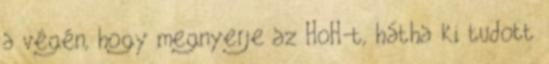
a végén, hogy megnyerje az HoH-t, hátha ki tudott